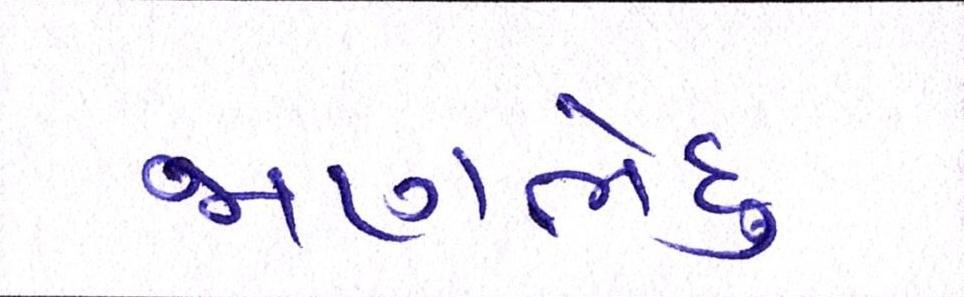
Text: જાણભેદુ